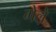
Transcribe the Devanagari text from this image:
गेले़